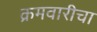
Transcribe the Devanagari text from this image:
क्रमवारीचा